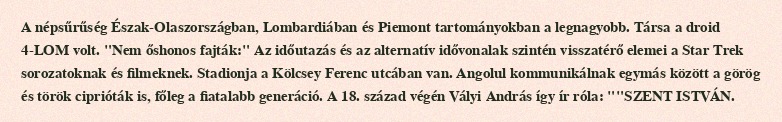
A népsűrűség Észak-Olaszországban, Lombardiában és Piemont tartományokban a legnagyobb. Társa a droid 4-LOM volt. "Nem őshonos fajták:" Az időutazás és az alternatív idővonalak szintén visszatérő elemei a Star Trek sorozatoknak és filmeknek. Stadionja a Kölcsey Ferenc utcában van. Angolul kommunikálnak egymás között a görög és török ciprióták is, főleg a fiatalabb generáció. A 18. század végén Vályi András így ír róla: ""SZENT ISTVÁN.